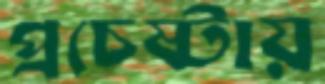
প্রচেষ্টায়